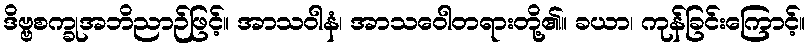
ဒိဗ္ဗစက္ခုအဘိညာဉ်ဖြင့်။ အာသဝါနံ၊ အာသဝေါတရားတို့၏။ ခယာ၊ ကုန်ခြင်းကြောင့်။